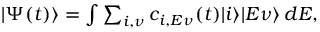
\begin{array} { r } { | \Psi ( t ) \rangle = \int \sum _ { i , \nu } c _ { i , E \nu } ( t ) | i \rangle | E \nu \rangle \, d E , } \end{array}